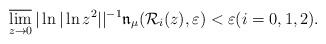
LaTeX: \begin{align*} \varlimsup_{z \to 0} |\ln|\ln z^2 | |^{-1} \mathfrak{n}_\mu (\mathcal{R}_i(z), \varepsilon) < \varepsilon (i=0,1,2). \end{align*}